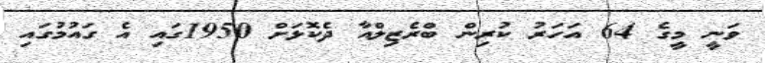
ވަނީ މީގެ 64 އަހަރު ކުރިން ބްރެޒިލްއާ ދެކޮޅަށް 1950ގައި އެ ގައުމުގައި